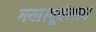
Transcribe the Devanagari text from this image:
गया।पूर्वमाघ